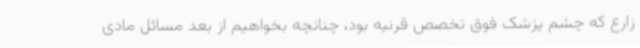
زارع که چشم پزشک فوق تخصص قرنیه بود، چنانچه بخواهیم از بعد مسائل مادی